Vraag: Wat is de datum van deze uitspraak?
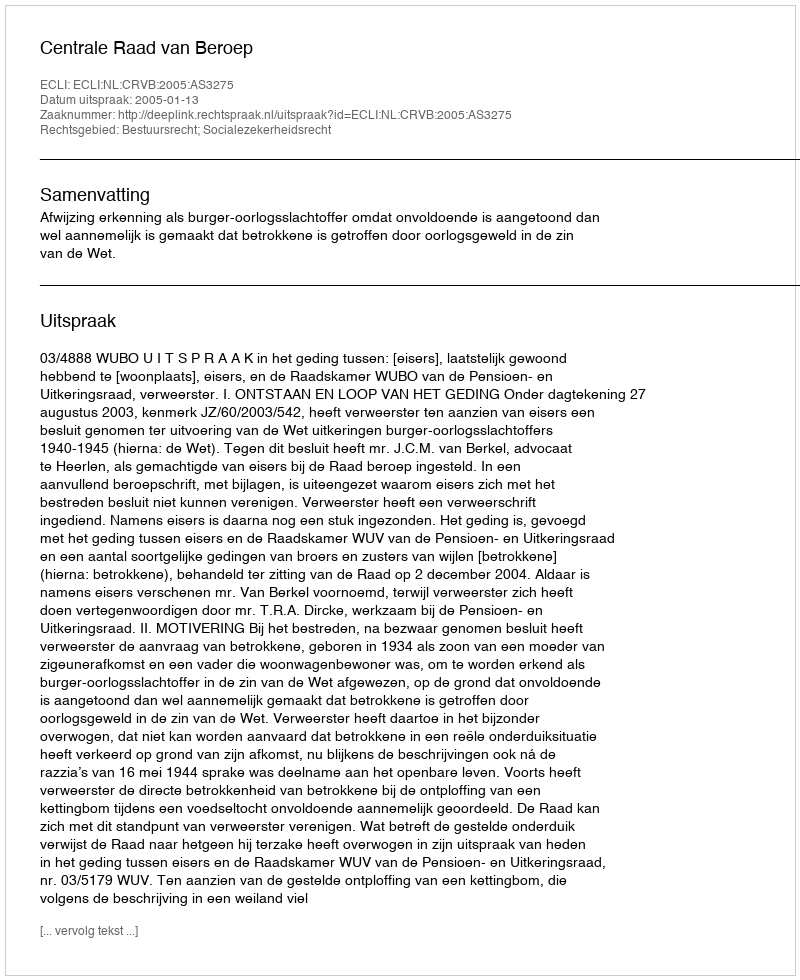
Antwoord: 2005-01-13